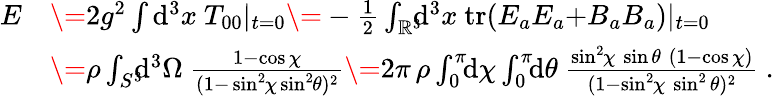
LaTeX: \begin{array}{rl}{E}&{\= 2g^{2}\int\mathrm{d}^{3}x\ T_{00}|_{t{=}0}\= -\frac{1}{2}\int_{\mathbb{R}^{3}}\! \! \! \mathrm{d}^{3}x\ \mathrm{tr}(E_{a}E_{a}{+}B_{a}B_{a})|_{t{=}0}}\\ &{\= \rho\int_{S^{3}}\! \! \! \mathrm{d}^{3}\Omega\ \frac{1-\cos\chi}{(1{-}\sin^{2}\! \chi\sin^{2}\! \theta)^{2}}\= 2\pi\, \rho\int_{0}^{\pi}\! \! \mathrm{d}\chi\int_{0}^{\pi}\! \! \mathrm{d}\theta\ \frac{\sin^{2}\! {\chi}\, \sin{\theta}\; (1-\cos\chi)}{(1-\sin^{2}\! \chi\, \sin^{2}\theta)^{2}}\ .}\end{array}